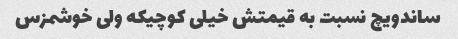
ساندویچ نسبت به قیمتش خیلی کوچیکه ولی خوشمزس